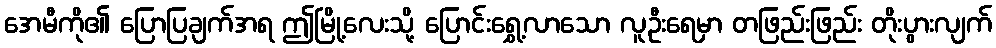
အေမီကို၏ ပြောပြချက်အရ ဤမြို့လေးသို့ ပြောင်းရွှေ့လာသော လူဦးရေမှာ တဖြည်းဖြည်း တိုးပွားလျက်